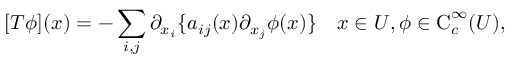
[ T \phi ] ( x ) = - \sum _ { i , j } \partial _ { x _ { i } } \{ a _ { i j } ( x ) \partial _ { x _ { j } } \phi ( x ) \} \quad x \in U , \phi \in \operatorname { C } _ { c } ^ { \infty } ( U ) ,